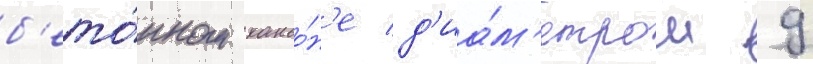
б'ето́нном каньо́н'е д'иа́м'етром 9